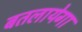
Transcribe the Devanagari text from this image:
बतलायेगा